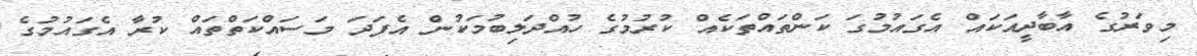
މިވަރުގެ އާބާދީއަކައް އެގައުމުގަ ކަންތައްތަކެއް ކުރުމުގެ ހުއްދަލިބުމަކުން އެފަދަ މަސައްކަތްތައް ކުރާ އެގައުމުގެ